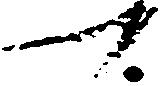
可